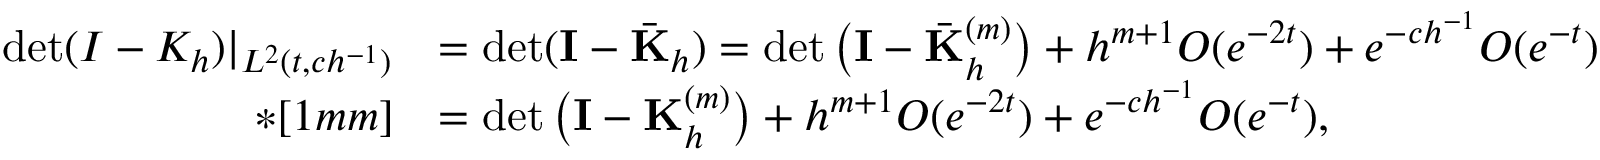
\begin{array} { r l } { \operatorname* { d e t } ( I - K _ { h } ) | _ { L ^ { 2 } ( t , c h ^ { - 1 } ) } } & { = \operatorname* { d e t } ( { \mathbf I } - \bar { \mathbf K } _ { h } ) = \operatorname* { d e t } \big ( { \mathbf I } - \bar { \mathbf K } _ { h } ^ { ( m ) } \big ) + h ^ { m + 1 } O ( e ^ { - 2 t } ) + e ^ { - c h ^ { - 1 } } O ( e ^ { - t } ) } \\ { * [ 1 m m ] } & { = \operatorname* { d e t } \big ( { \mathbf I } - { \mathbf K } _ { h } ^ { ( m ) } \big ) + h ^ { m + 1 } O ( e ^ { - 2 t } ) + e ^ { - c h ^ { - 1 } } O ( e ^ { - t } ) , } \end{array}